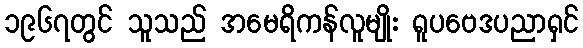
၁၉၆၇တွင် သူသည် အမေရိကန်လူမျိုး ရူပဗေဒပညာရှင်